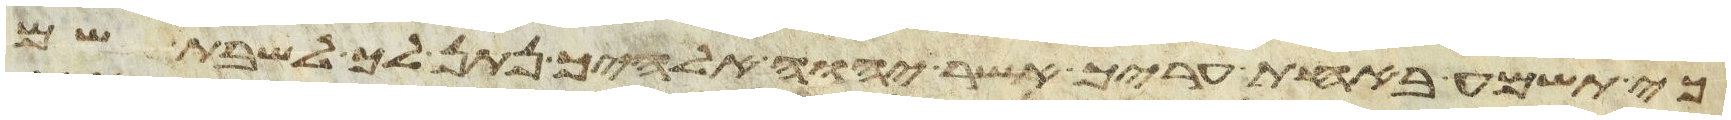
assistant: כי תשמע באחת עריך אשר יהוה אלהיך נתן לך לשבת שם